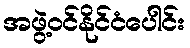
အဖွဲ့ဝင်နိုင်ငံပေါင်း